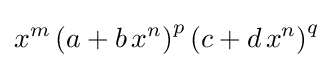
x^{m}\left(a+b\,x^{n}\right)^{p}\left(c+d\,x^{n}\right)^{q}